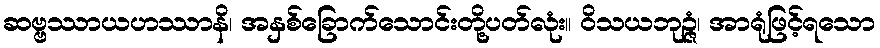
ဆဗ္ဗဿာယဟဿာနိ၊ အနှစ်ခြောက်သောင်းတို့ပတ်လုံး။ ဝိသယဘုဉ္ဇံ၊ အာရုံဖြင့်ရသော